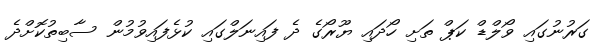
ގަރުނުގައި ވޯލްޑް ކަޕް ތަށި ހޯދައި ޔޫރޯގެ ދެ ފައިނަލްގައި ކުޅެފައިވުމުން ސާބިތުކޮށްދެ